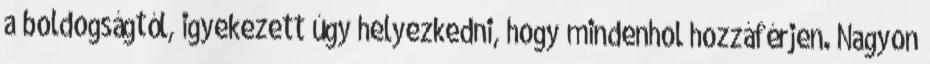
a boldogságtól, igyekezett úgy helyezkedni, hogy mindenhol hozzáférjen. Nagyon